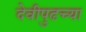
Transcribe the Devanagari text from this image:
देवीपुढच्या